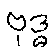
ဗုဒ္ဓ